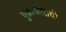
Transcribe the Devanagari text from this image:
पुढाकाराची